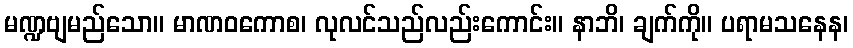
မဏ္ဍဗျမည်သော။ မာဏဝကောစ၊ လုလင်သည်လည်းကောင်း။ နာဘိ၊ ချက်ကို။ ပရာမသနေန၊